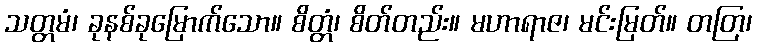
သတ္တမံ၊ ခုနစ်ခုမြောက်သော။ စိတ္တံ၊ စိတ်တည်း။ မဟာရာဇ၊ မင်းမြတ်။ တတြ၊